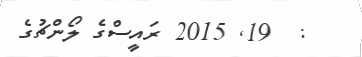
:  19